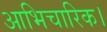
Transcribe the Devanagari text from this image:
आभिचारिक।